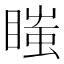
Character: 𥉍